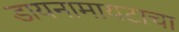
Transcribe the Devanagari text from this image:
डायनामायटाचा